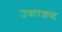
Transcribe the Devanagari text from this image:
उधारशब्द